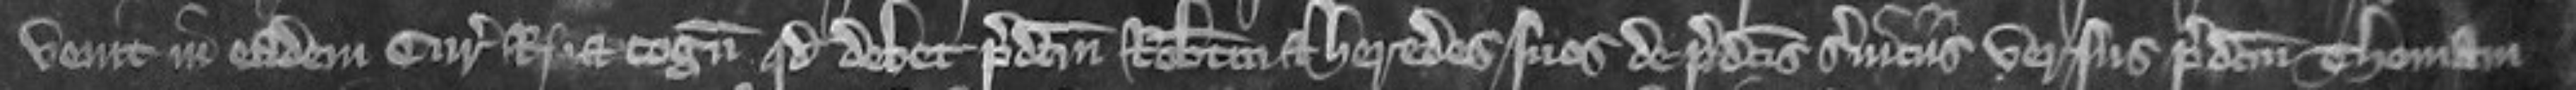
venit in eadem curia regis et cognoscit quod debet predictum Robertum et heredes suos de predictis serviciis versus predictum Thomam